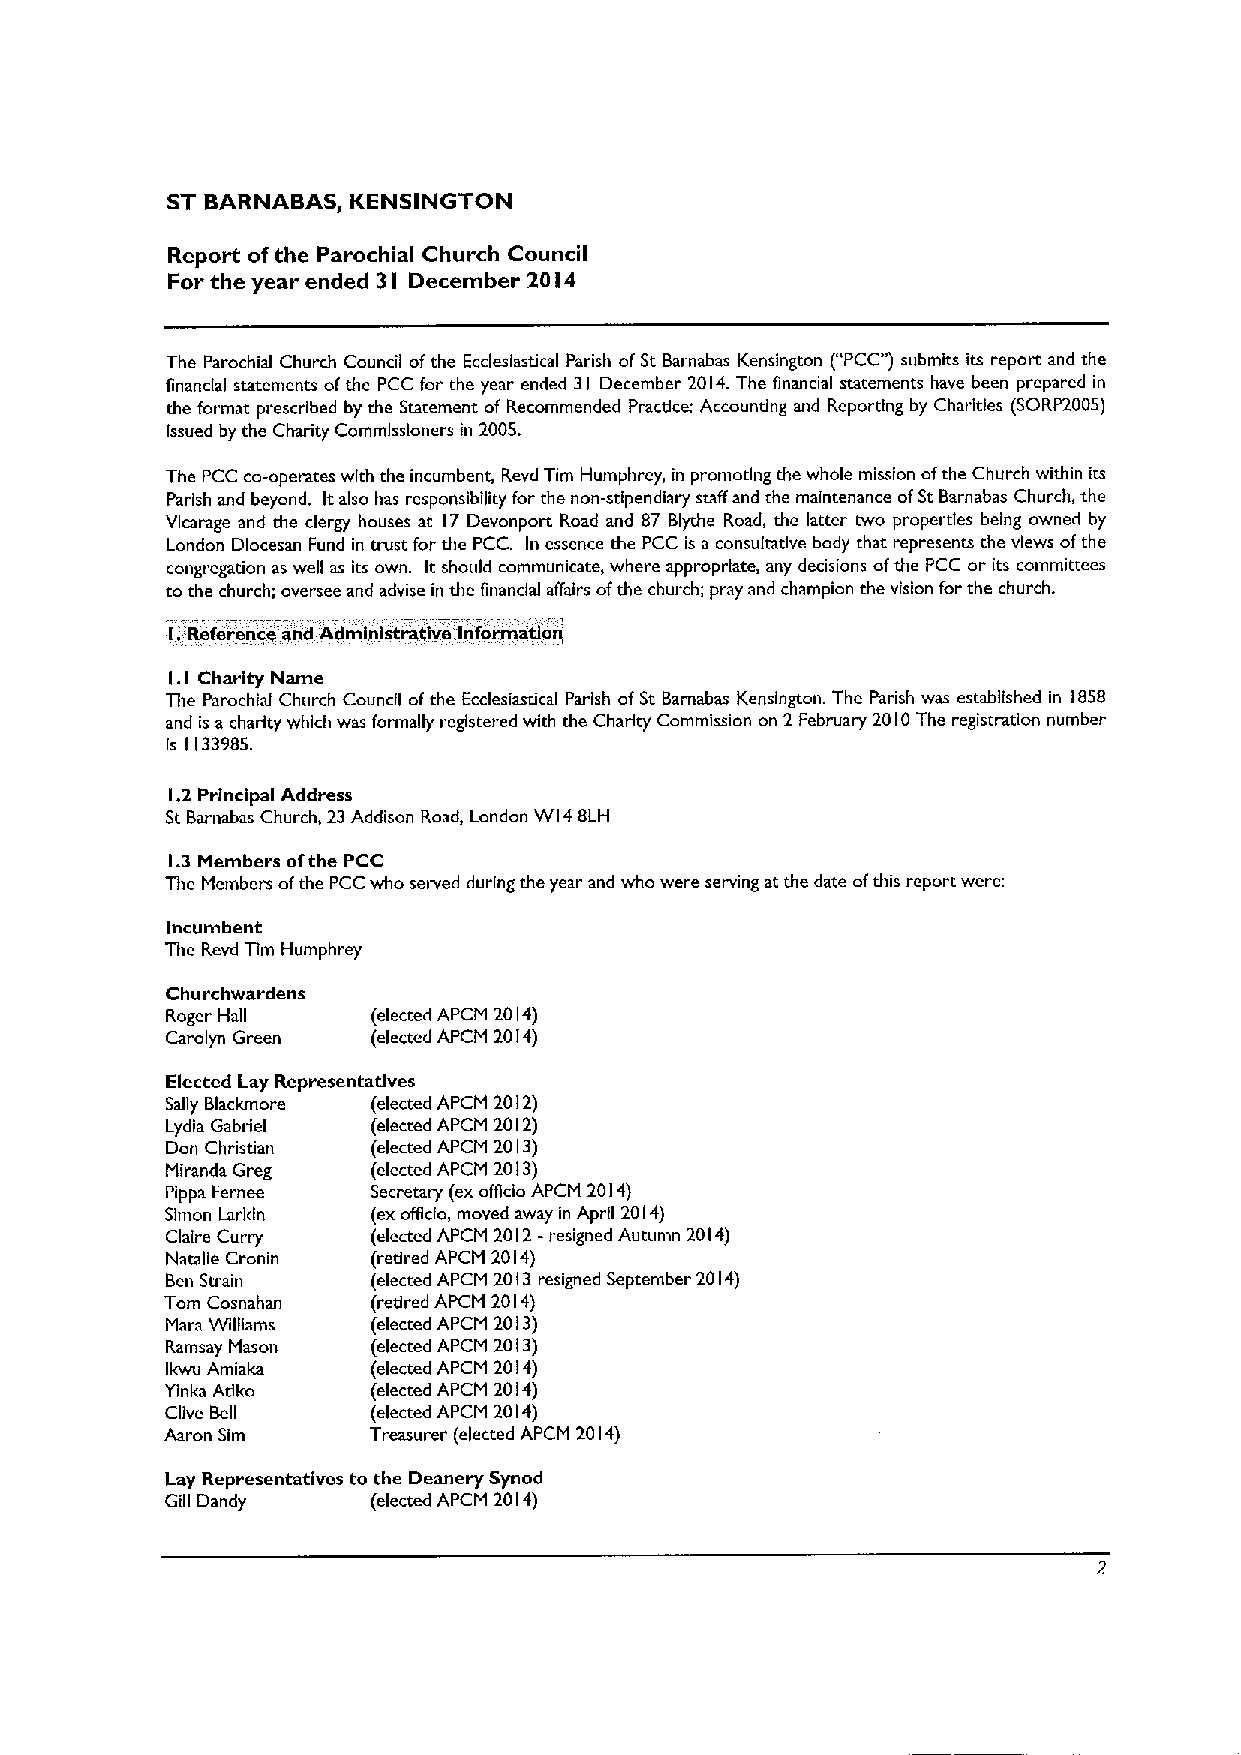
ST BARNABAS, KENSINGTON
 Report ofthe Parochial Church Council
 For the year ended 3I December 20l4
 The Parochial Church Council ofthe Ecclesiastical Parish ofSt Barnabas Kensington ("PCC")submks its report and the
 financial statements ofthe PCC for the year ended 31 December 2014.The financial statements have been prepared in
 the format prescribed by the Statement of Recommended Pracdce: Accounting and Reporting by Charities (SORP2005)
 Issued by the Charity Commissioners in 2005.
 The PCC co-operates with the incumbent, Revd Tim Humphrey, in promoting the whole mission ofthe Church within its
 Parish and beyond. Italso has responsibility for the non-stipendiary staff and the maintenance ofSt Barnabas Church, the
 Vicarage and the clergy houses at 17 Devonport Road and 87 Blythe Road, the latter two properties being owned by
 London Diocesan Fund in trust for the PCC. In essence the PCC is a consultative body that represents the views ofthe
 congregation as well as its own. It should communicate, where appropriate, any decisions ofthe PCC or its committees
 to the church; oversee and advise in the financial affairs ofthe church; pray and champion the vision for the church.
 'I.'Reference end Administrative Information'
 I. I Charity Name
 The Parochial Church Council ofthe Ecclesiastical Parish ofSt Barnabas Kensington. The Parish was established in 1858
 and is a charity which was formally registered with the Charity Commission on 2 February 2010The registration number
 is 1133985.
 1.2 Principal Address
 St Barnabas Church, 23Addison Road, London WI4BLH
 1.3Members ofthe PCC
 The Members ofthe PCCwho served during the year and who were serving at the date ofthis report were:
 Incumbent
 The Revd Tim Humphrey
 Chuvchwardens
 Roger Hall    (elected APCM 2014)
 Carolyn Green (elected APCM 2014)
 Elected Lay Representatives
 Sally Blackmore (elected APCM 2012)
 Lydia Gabriel (elected APCM 2012)
 Don Christian (elected APCM 2013)
 Miranda Greg  (elected APCM 2013)
 Pippa Fernee  Secretary (ex offfcio APCM 2014)
 Simon Iarkln  (exofficio, moved away in April 2014)
 Claire Curry  (elected APCM 2012-resigned Autumn 2014)
 Natalie Cronin (redred APCM 2014)
 Ben Strain    (elected APCM 2013resigned September 2014)
 Tom Cosnahan  (redred APCM 2014)
 Mars Williams (elected APCM 2013)
 Ramsay Mason  (elected APCM 2013)
 Ikwu Amlaka   (elected APCM 2014)
 Yinka Adko    (elected APCM 2014)
 Clive Bell    (elected APCM 2014)
 Aaron Sim    Treasurer (elected APCM 2014)
 Lay Representatives to the Deanery Synod
 Gill Dandy    (elected APCM 2014)